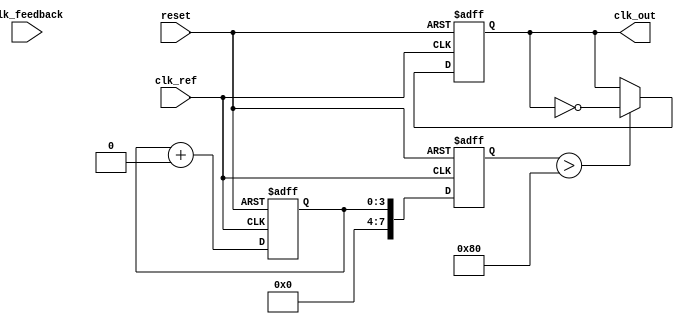
module dpll (
    input wire clk_ref,          // Reference clock
    input wire clk_feedback,     // Feedback clock from VCO
    input wire reset,            // Reset signal
    output reg clk_out           // Output clock
);

// Parameters
parameter MEMORY_SIZE = 16;    // Size of the memory block
parameter FILTER_COEFF = 4;     // Coefficient for loop filter

// Internal signals
reg [MEMORY_SIZE-1:0] phase_memory; // Memory block for phase information
reg [3:0] phase_error;               // Phase error signal
reg [7:0] control_voltage;            // Control voltage for VCO
reg [7:0] vco_frequency;              // Frequency output from VCO
reg [3:0] loop_filter_output;         // Output from loop filter

// Phase Detector
always @(posedge clk_ref or posedge reset) begin
    if (reset) begin
        phase_error <= 0;
    end else begin
        // Simple phase detector logic
        if (clk_ref && !clk_feedback) begin
            phase_error <= phase_error + 1; // Output leading
        end else if (!clk_ref && clk_feedback) begin
            phase_error <= phase_error - 1; // Output lagging
        end
    end
end

// Loop Filter (Simple Integrator)
always @(posedge clk_ref or posedge reset) begin
    if (reset) begin
        loop_filter_output <= 0;
    end else begin
        loop_filter_output <= loop_filter_output + (phase_error >> FILTER_COEFF);
    end
end

// Voltage-Controlled Oscillator (VCO)
always @(posedge clk_ref or posedge reset) begin
    if (reset) begin
        vco_frequency <= 0;
    end else begin
        // Adjust VCO frequency based on control voltage
        vco_frequency <= loop_filter_output; // Simplified for demonstration
    end
end

// Memory Block for Phase Information
always @(posedge clk_ref or posedge reset) begin
    if (reset) begin
        phase_memory <= 0;
    end else begin
        phase_memory <= {phase_memory[MEMORY_SIZE-2:0], phase_error}; // Shift in new phase error
    end
end

// Output Clock Generation
always @(posedge clk_ref or posedge reset) begin
    if (reset) begin
        clk_out <= 0;
    end else begin
        // Generate output clock based on VCO frequency
        clk_out <= (vco_frequency > 128) ? ~clk_out : clk_out; // Simple toggle based on frequency
    end
end

endmodule